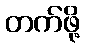
တက်ဖို့